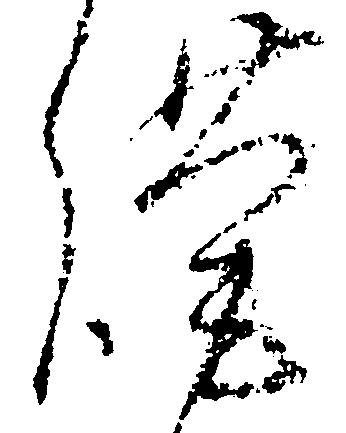
謹